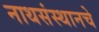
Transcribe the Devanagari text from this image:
नाथसंस्थानचे